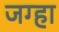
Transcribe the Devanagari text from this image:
जग्हा